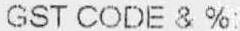
GST CODE & %: